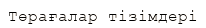
Төрағалар тізімдері